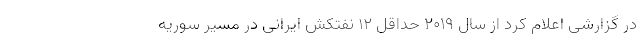
در گزارشی اعلام کرد از سال ۲۰۱۹ حداقل ۱۲ نفتکش ایرانی در مسیر سوریه